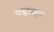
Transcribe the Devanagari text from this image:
महात्तम